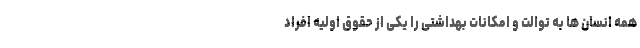
همه انسان ها به توالت و امکانات بهداشتی را یکی از حقوق اولیه افراد